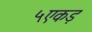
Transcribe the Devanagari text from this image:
५एकड़